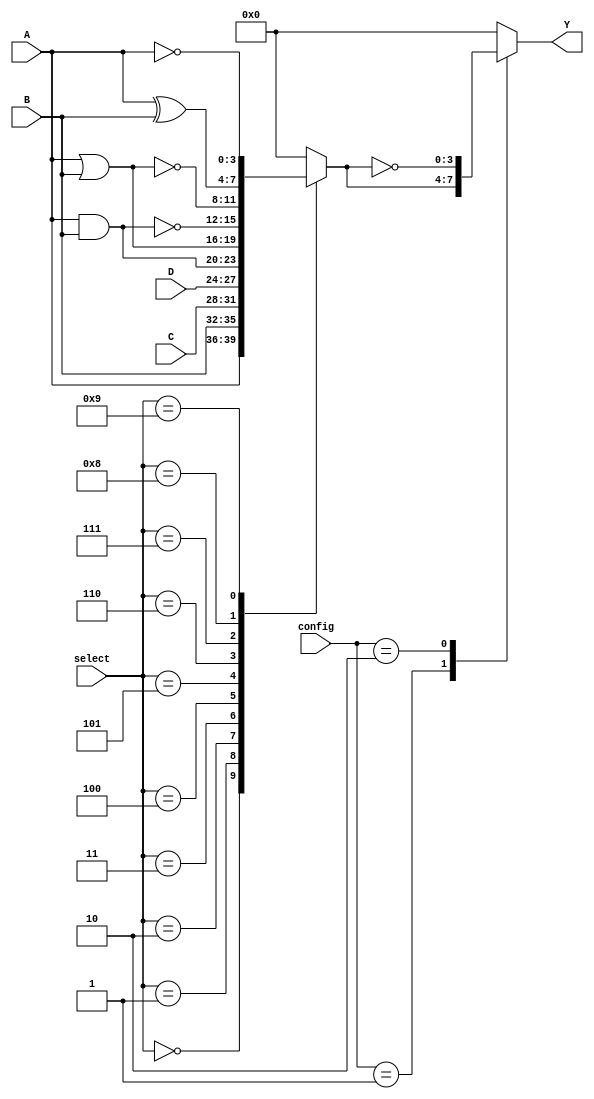
module combinational_logic_block (
    input wire [3:0] A,        // 4-bit input
    input wire [3:0] B,        // 4-bit input
    input wire [3:0] C,        // 4-bit input
    input wire [3:0] D,        // 4-bit input
    input wire [15:0] config,  // Configuration bits for SRAM (16 bits for 16 possible combinations)
    input wire [3:0] select,    // Select lines for the MUX
    output reg [3:0] Y          // 4-bit output
);

// Internal signals
wire [3:0] mux_out;

// MUX to select inputs based on config
always @(*) begin
    case(select)
        4'b0000: mux_out = A;   // Directly select A
        4'b0001: mux_out = B;   // Directly select B
        4'b0010: mux_out = C;   // Directly select C
        4'b0011: mux_out = D;   // Directly select D
        4'b0100: mux_out = A & B; // AND function
        4'b0101: mux_out = A | B; // OR function
        4'b0110: mux_out = ~(A & B); // NAND function
        4'b0111: mux_out = ~(A | B); // NOR function
        4'b1000: mux_out = A ^ B; // XOR function
        4'b1001: mux_out = ~A;    // NOT function on A
        // Additional configurations can be added here
        // Default case to handle undefined select values
        default: mux_out = 4'b0000; 
    endcase
end

// Output logic based on SRAM configuration
always @(*) begin
    case(config)
        16'b0000000000000001: Y = mux_out;   // Config 1
        16'b0000000000000010: Y = ~mux_out;  // Config 2 (example)
        // Additional configurations based on SRAM settings
        // ...
        default: Y = 4'b0000; // Default or undefined configuration
    endcase
end

endmodule